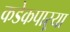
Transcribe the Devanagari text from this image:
कडेकपाऱ्या